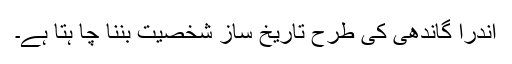
اندرا گاندھی کی طرح تاریخ ساز شخصیت بننا چا ہتا ہے۔